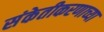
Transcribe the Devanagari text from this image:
संकेतीकरणाच्या